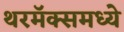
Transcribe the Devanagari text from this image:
थरमॅक्समध्ये